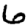
Digit: 6